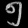
Digit: ၅